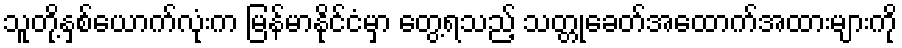
သူတို့နှစ်ယောက်လုံးက မြန်မာနိုင်ငံမှာ တွေ့ရသည့် သတ္တုခေတ်အထောက်အထားများကို